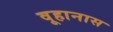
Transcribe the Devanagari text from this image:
वूहानास